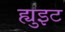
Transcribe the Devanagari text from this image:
ह्युइट